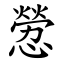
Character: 憥